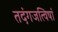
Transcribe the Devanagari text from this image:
तदंगजत्विषां